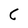
Character: C